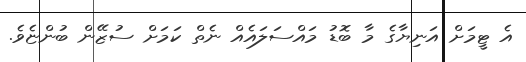
އެ ޓީމަށް އަނިޔާގެ މާ ބޮޑު މައްސަލައެއް ނެތް ކަމަށް ސުޒޭން ބުންޏެވެ.